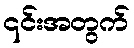
၎င်းအတွက်